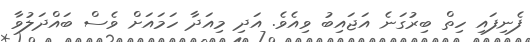
ފެނިފައި ހިތް ބިރުގަނެ އަޖައިބު ވިއެވެ. އަދި މިއަދާ ހަމައަށް ވެސް ބައްދަލުވާ